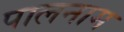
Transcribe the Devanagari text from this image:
पालनाम